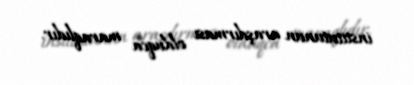
institutunun araşdırması olduqca maraqlıdır.